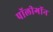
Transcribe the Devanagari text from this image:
पॉलीगॉन